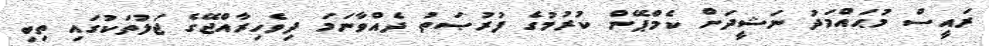
ރައީސް މުޙައްމަދު ނަޝީދަށް ކެމްޕޭން ކުރުމުގެ ފުރުޞަތު ދެއްވާނަމަ ދިވެހިރާއްޖޭގެ ޖަލުތަކުގައި ތިބި